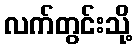
လက်တွင်းသို့